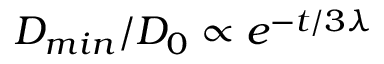
D _ { m i n } / D _ { 0 } \propto e ^ { - t / 3 \lambda }